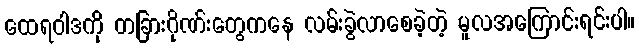
ထေရဝါဒကို တခြားဂိုဏ်းတွေကနေ လမ်းခွဲလာစေခဲ့တဲ့ မူလအကြောင်းရင်းပါ။